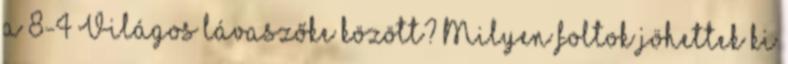
a 8-4 Világos lávaszőke között? Milyen foltok jöhettek ki